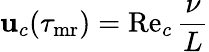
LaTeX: \mathbf{u}_{c}(\tau_{{\mathrm{{mr}}}})=\mathrm{{Re}}_{c}\, \frac{{\nu}}{{L}}